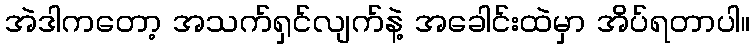
အဲဒါကတော့ အသက်ရှင်လျက်နဲ့ အခေါင်းထဲမှာ အိပ်ရတာပါ။